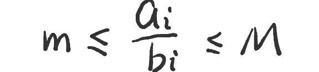
$m \leq \frac{a_i}{b_i} \leq M$